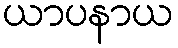
ယာပနာယ